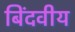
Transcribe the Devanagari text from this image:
बिंदवीय